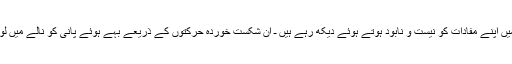
صہیونی اور امریکی ـ جو علاقے میں اپنے مفادات کو نیست و نابود ہوتے ہوئے دیکھ رہے ہیں ـ ان شکست خوردہ حرکتوں کے ذریعے بہے ہوئے پانی کو نالے میں لوٹانے کی ناکام کوشش کررہے ہیں۔